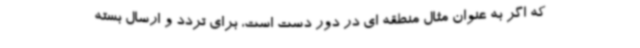
که اگر به عنوان مثال منطقه ای در دور دست است، برای تردد و ارسال بسته